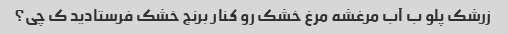
زرشک پلو ب آب مرغشه مرغ خشک رو کنار برنج خشک فرستادید ک چی؟